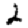
Digit: 2